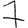
Digit: 7